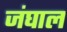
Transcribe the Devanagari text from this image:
जंघाल